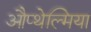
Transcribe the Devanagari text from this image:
औप्थेल्मिया